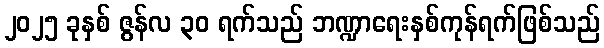
၂၀၂၅ ခုနှစ် ဇွန်လ ၃၀ ရက်သည် ဘဏ္ဍာရေးနှစ်ကုန်ရက်ဖြစ်သည်